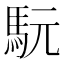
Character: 𩢄